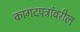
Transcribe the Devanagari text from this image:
कागदपत्रांवरील